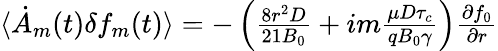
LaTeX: \begin{array}{r}{\langle\dot{A}_{m}(t)\delta f_{m}(t)\rangle=-\left(\frac{8r^{2}D}{21B_{0}}+im\frac{\mu D\tau_{c}}{qB_{0}\gamma}\right)\frac{\partial f_{0}}{\partial r}}\end{array}